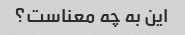
این به چه معناست؟